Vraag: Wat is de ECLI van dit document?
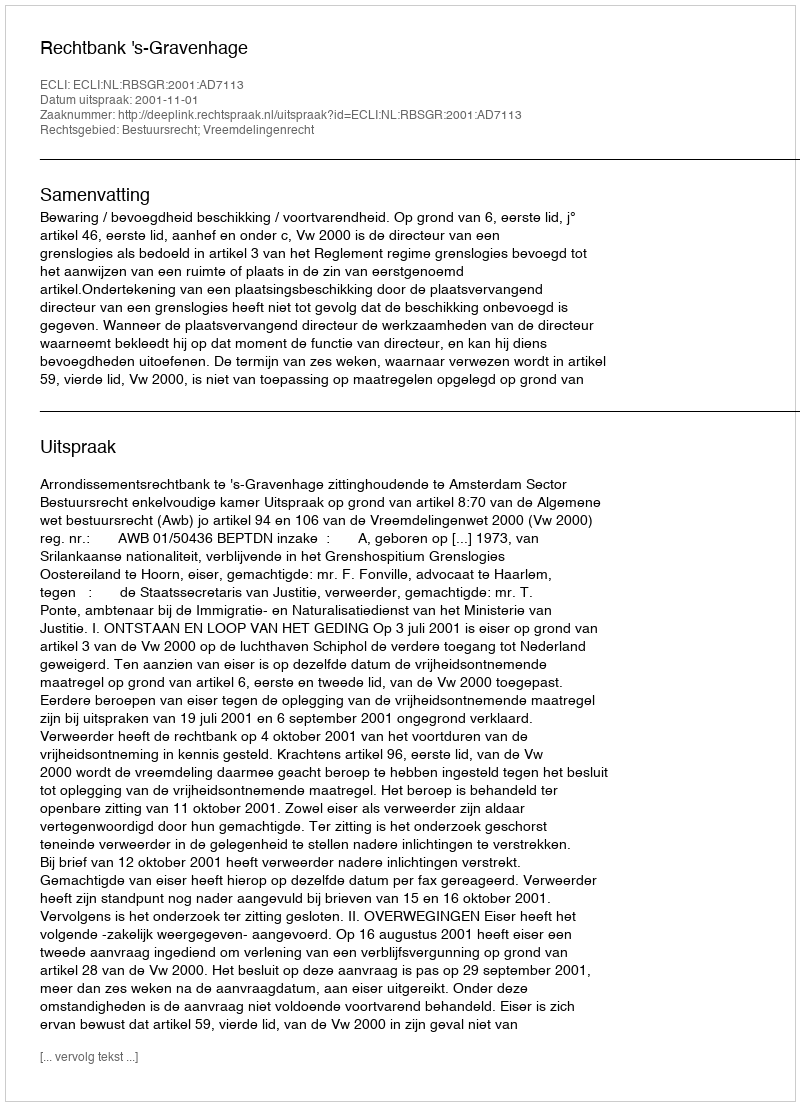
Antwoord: ECLI:NL:RBSGR:2001:AD7113